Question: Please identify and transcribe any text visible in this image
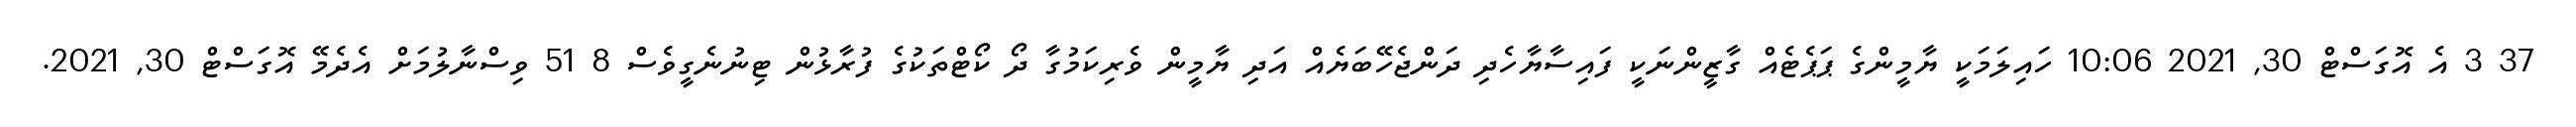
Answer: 37 3 އެ އޮގަސްޓް 30, 2021 10:06 ހައިލަމަކީ ޔާމީންގެ ޕަޕެޓެއް ގާޒީންނަކީ ފައިސާޔާހެދި ދަންޖެހޭބަޔެއް އަދި ޔާމީން ވެރިކަމުގާ ދޯ ކޯޓްތަކުގެ ފުރާޅުން ޓިނުނެގީވެސް 8 51 ވިސްނާލުމަށް އެދެމޭ އޮގަސްޓް 30, 2021.